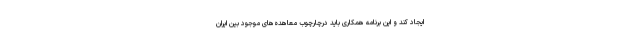
ایجاد کند و این برنامه همکاری باید درچارچوب معاهده‌های موجود بین ایران